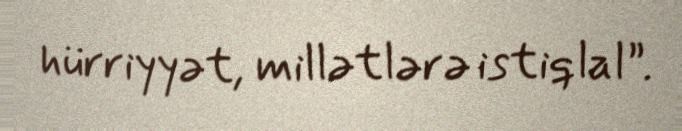
hürriyyət, millətlərə istiqlal”.